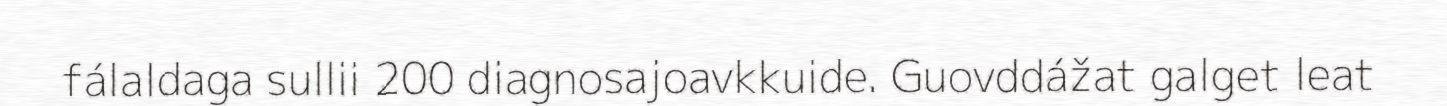
fálaldaga sullii 200 diagnosajoavkkuide. Guovddážat galget leat